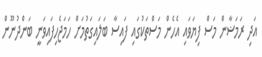
އަދި ރަމަޟާން މަސް ފިޔަވައި އެހެން މަސްތަކުގައި ފައިސާ ބަލައިގަތުމަށް ހަމަޖެހިފައިވަނީ ބަންދުނޫން